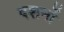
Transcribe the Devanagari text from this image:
दशनों